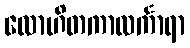
လောဟိတကာလင်္ကာရာ